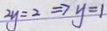
2 y = 2 \Rightarrow y = 1